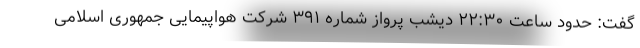
گفت: حدود ساعت ۲۲:۳۰ دیشب پرواز شماره ۳۹۱ شرکت هواپیمایی جمهوری اسلامی